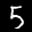
Label: 5